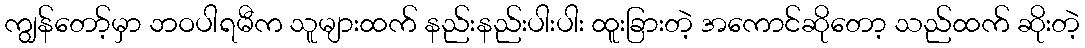
ကျွန်တော့်မှာ ဘဝပါရမီက သူများထက် နည်းနည်းပါးပါး ထူးခြားတဲ့ အကောင်ဆိုတော့ သည်ထက် ဆိုးတဲ့